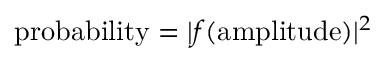
{ \mathrm { p r o b a b i l i t y } } = | f ( { \mathrm { a m p l i t u d e } } ) | ^ { 2 }